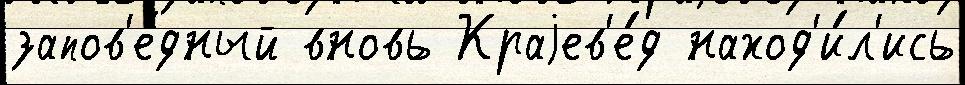
запов'е́дный вновь Краjев'е́д наход'и́л'ись